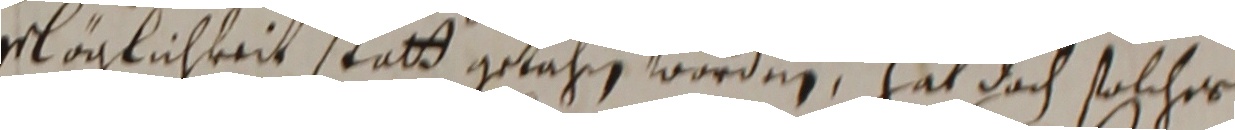
vläglichkeit statt getahn worden, hat dach solcher